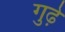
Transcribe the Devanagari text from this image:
गुढ़े